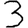
Digit: 3